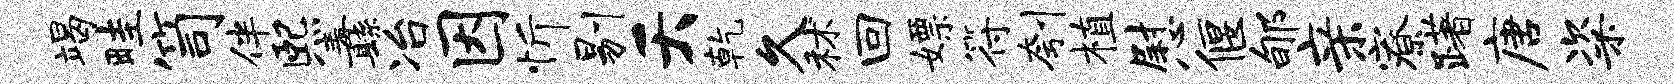
竭畦笥伴熙纛冶因忻剔夭乾久秫回嫖符刳植慰偃郇亲寮躇唐粢